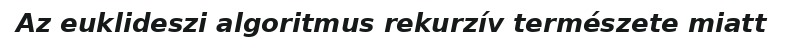
Az euklideszi algoritmus rekurzív természete miatt